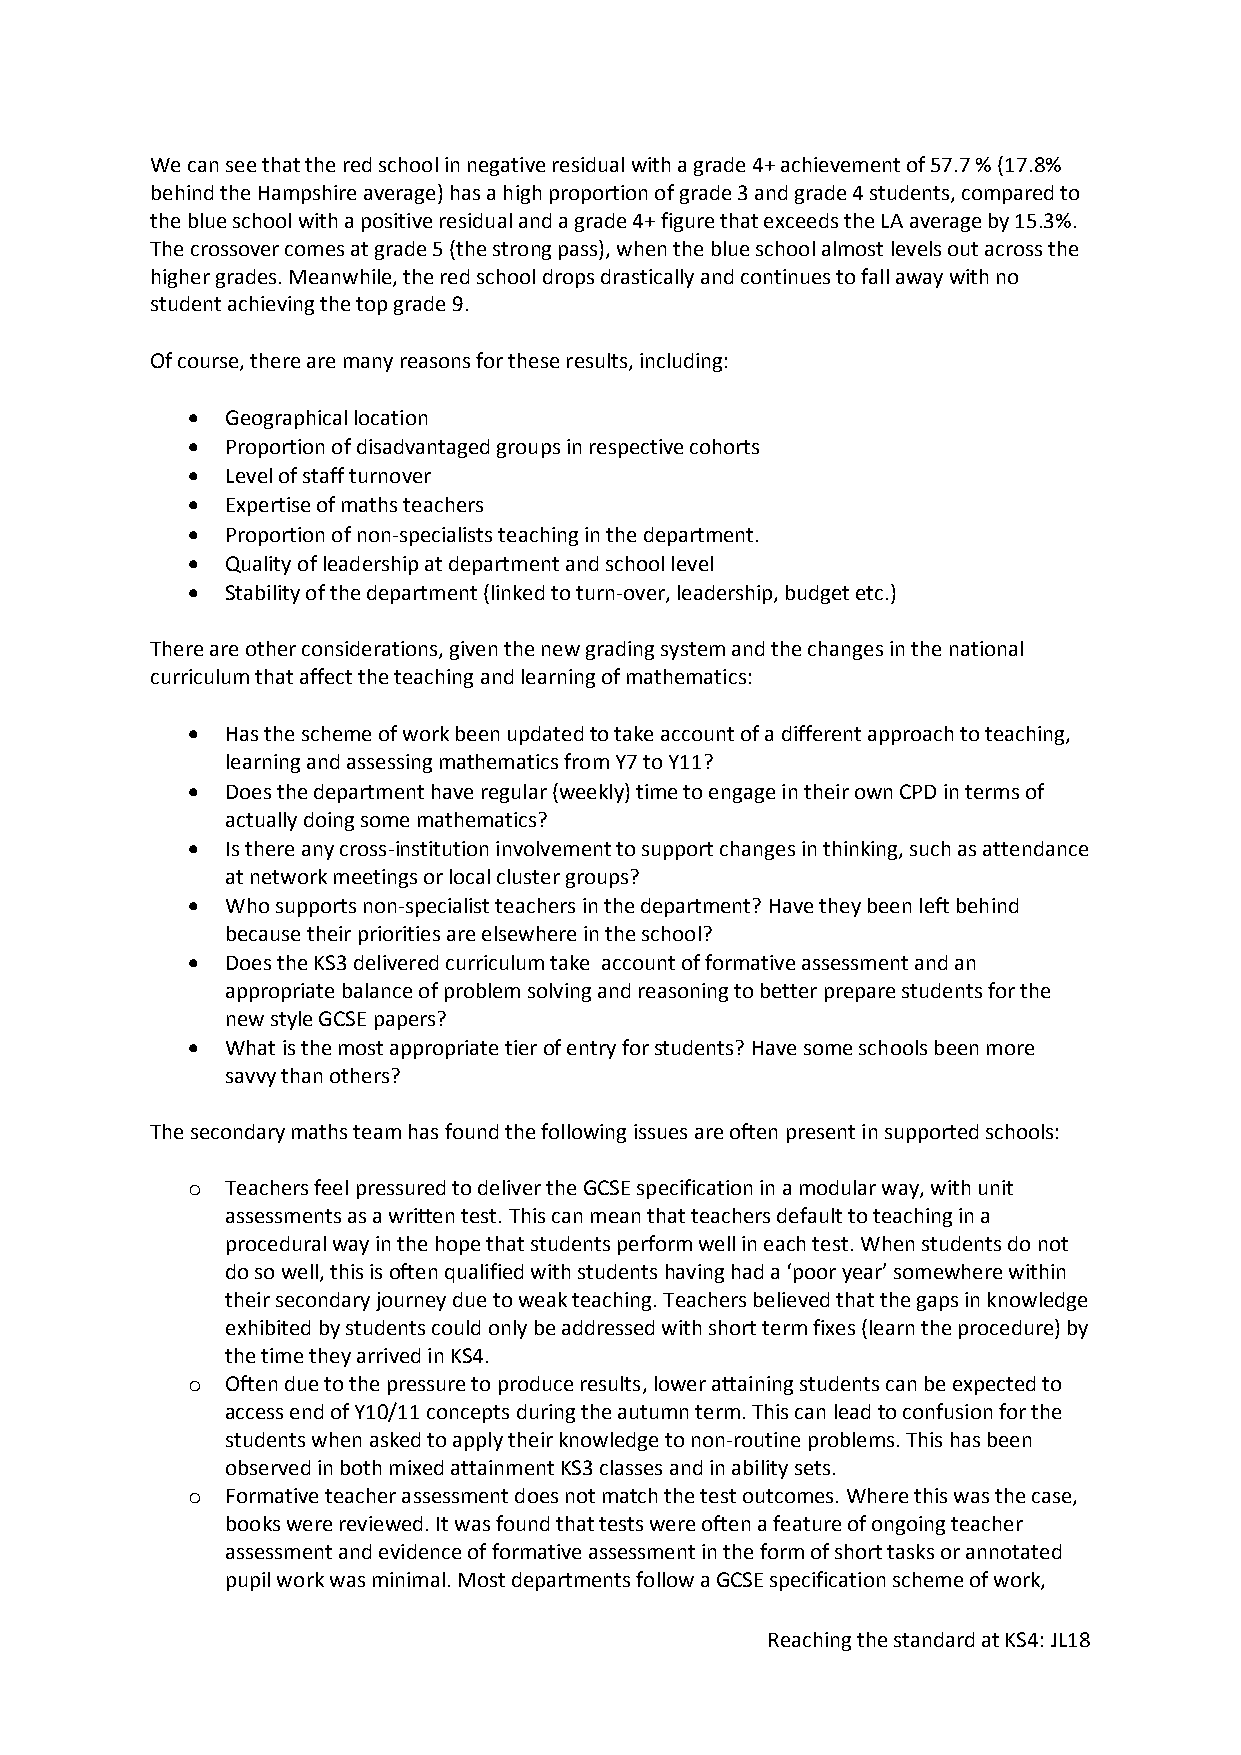
We can see that the red school in negative residual with a grade 4+ achievement of 57.7 % (17.8%
 behind the Hampshire average) has a high proportion of grade 3 and grade 4 students, compared to
 the blue school with a positive residual and a grade 4+ figure that exceeds the LA average by 15.3%.
 The crossover comes at grade 5 (the strong pass), when the blue school almost levels out across the
 higher grades. Meanwhile, the red school drops drastically and continues to fall away with no
 student achieving the top grade 9.
 Of course, there are many reasons for these results, including:
   Geographical location
   Proportion of disadvantaged groups in respective cohorts
   Level of staff turnover
   Expertise of maths teachers
   Proportion of non-specialists teaching in the department.
   Quality of leadership at department and school level
   Stability of the department (linked to turn-over, leadership, budget etc.)
 There are other considerations, given the new grading system and the changes in the national
 curriculum that affect the teaching and learning of mathematics:
   Has the scheme of work been updated to take account of a different approach to teaching,
 learning and assessing mathematics from Y7 to Y11?
   Does the department have regular (weekly) time to engage in their own CPD in terms of
 actually doing some mathematics?
   Is there any cross-institution involvement to support changes in thinking, such as attendance
 at network meetings or local cluster groups?
   Who supports non-specialist teachers in the department? Have they been left behind
 because their priorities are elsewhere in the school?
   Does the KS3 delivered curriculum take account of formative assessment and an
 appropriate balance of problem solving and reasoning to better prepare students for the
 new style GCSE papers?
   What is the most appropriate tier of entry for students? Have some schools been more
 savvy than others?
 The secondary maths team has found the following issues are often present in supported schools:
 o  Teachers feel pressured to deliver the GCSE specification in a modular way, with unit
 assessments as a written test. This can mean that teachers default to teaching in a
 procedural way in the hope that students perform well in each test. When students do not
 do so well, this is often qualified with students having had a ‘poor year’ somewhere within
 their secondary journey due to weak teaching. Teachers believed that the gaps in knowledge
 exhibited by students could only be addressed with short term fixes (learn the procedure) by
 the time they arrived in KS4.
 o  Often due to the pressure to produce results, lower attaining students can be expected to
 access end of Y10/11 concepts during the autumn term. This can lead to confusion for the
 students when asked to apply their knowledge to non-routine problems. This has been
 observed in both mixed attainment KS3 classes and in ability sets.
 o  Formative teacher assessment does not match the test outcomes. Where this was the case,
 books were reviewed. It was found that tests were often a feature of ongoing teacher
 assessment and evidence of formative assessment in the form of short tasks or annotated
 pupil work was minimal. Most departments follow a GCSE specification scheme of work,
 Reaching the standard at KS4: JL18